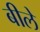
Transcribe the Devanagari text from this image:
बीले